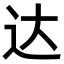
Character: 达